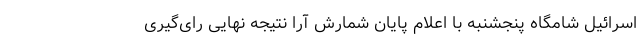
اسرائیل شامگاه پنجشنبه با اعلام پایان شمارش ‌آرا نتیجه نهایی رای‌گیری